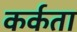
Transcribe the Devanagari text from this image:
कर्कता